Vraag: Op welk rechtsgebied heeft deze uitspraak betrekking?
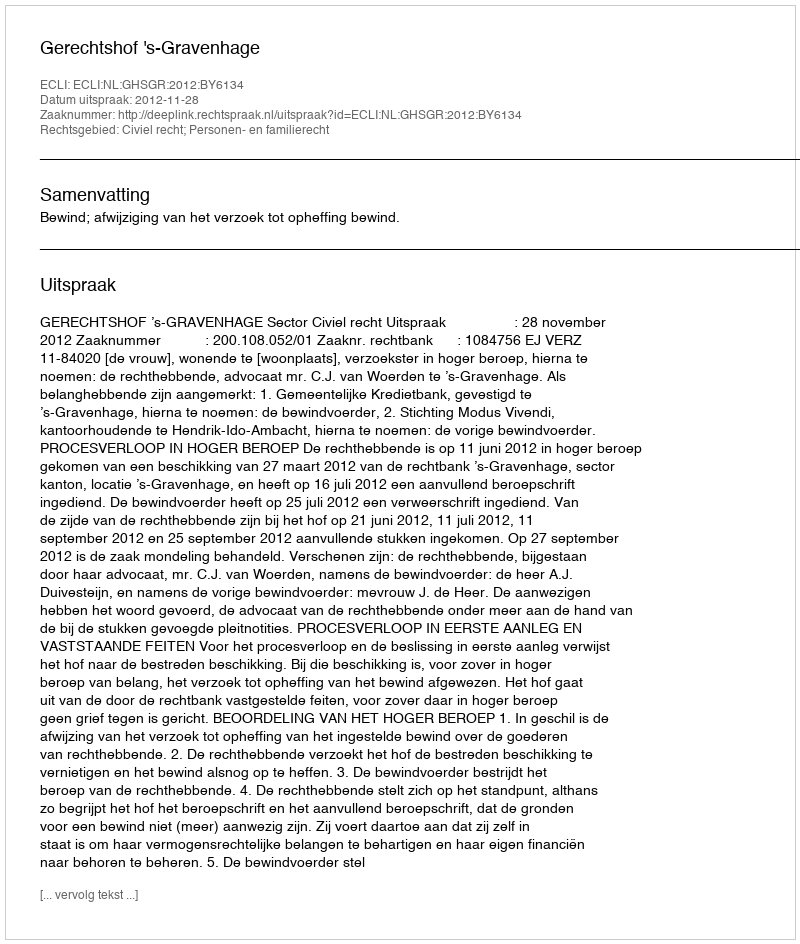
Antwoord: Civiel recht; Personen- en familierecht